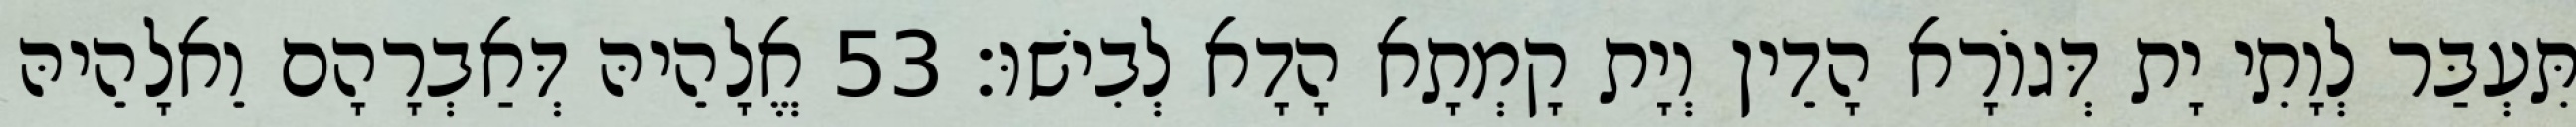
תִּעְבַּר לְוָתִי יָת דְּגוֹרָא הָדֵין וְיָת קָמְתָא הָדָא לְבִישׁוּ׃ 53 אֱלָהֵיהּ דְּאַבְרָהָם וֵאלָהֵיהּ